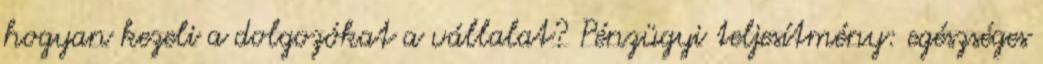
hogyan kezeli a dolgozókat a vállalat? Pénzügyi teljesítmény: egészséges